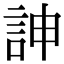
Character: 訷